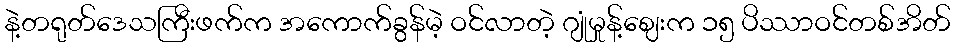
နဲ့တရုတ်ဒေသကြီးဖက်က အကောက်ခွန်မဲ့ ဝင်လာတဲ့ ဂျုံမှုန့်ဈေးက ၁၅ ပိဿာဝင်တစ်အိတ်